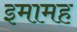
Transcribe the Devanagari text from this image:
इमामह